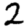
Digit: 2